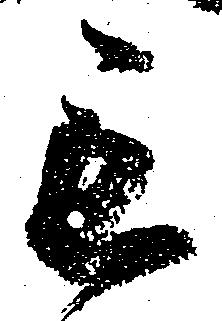
毛